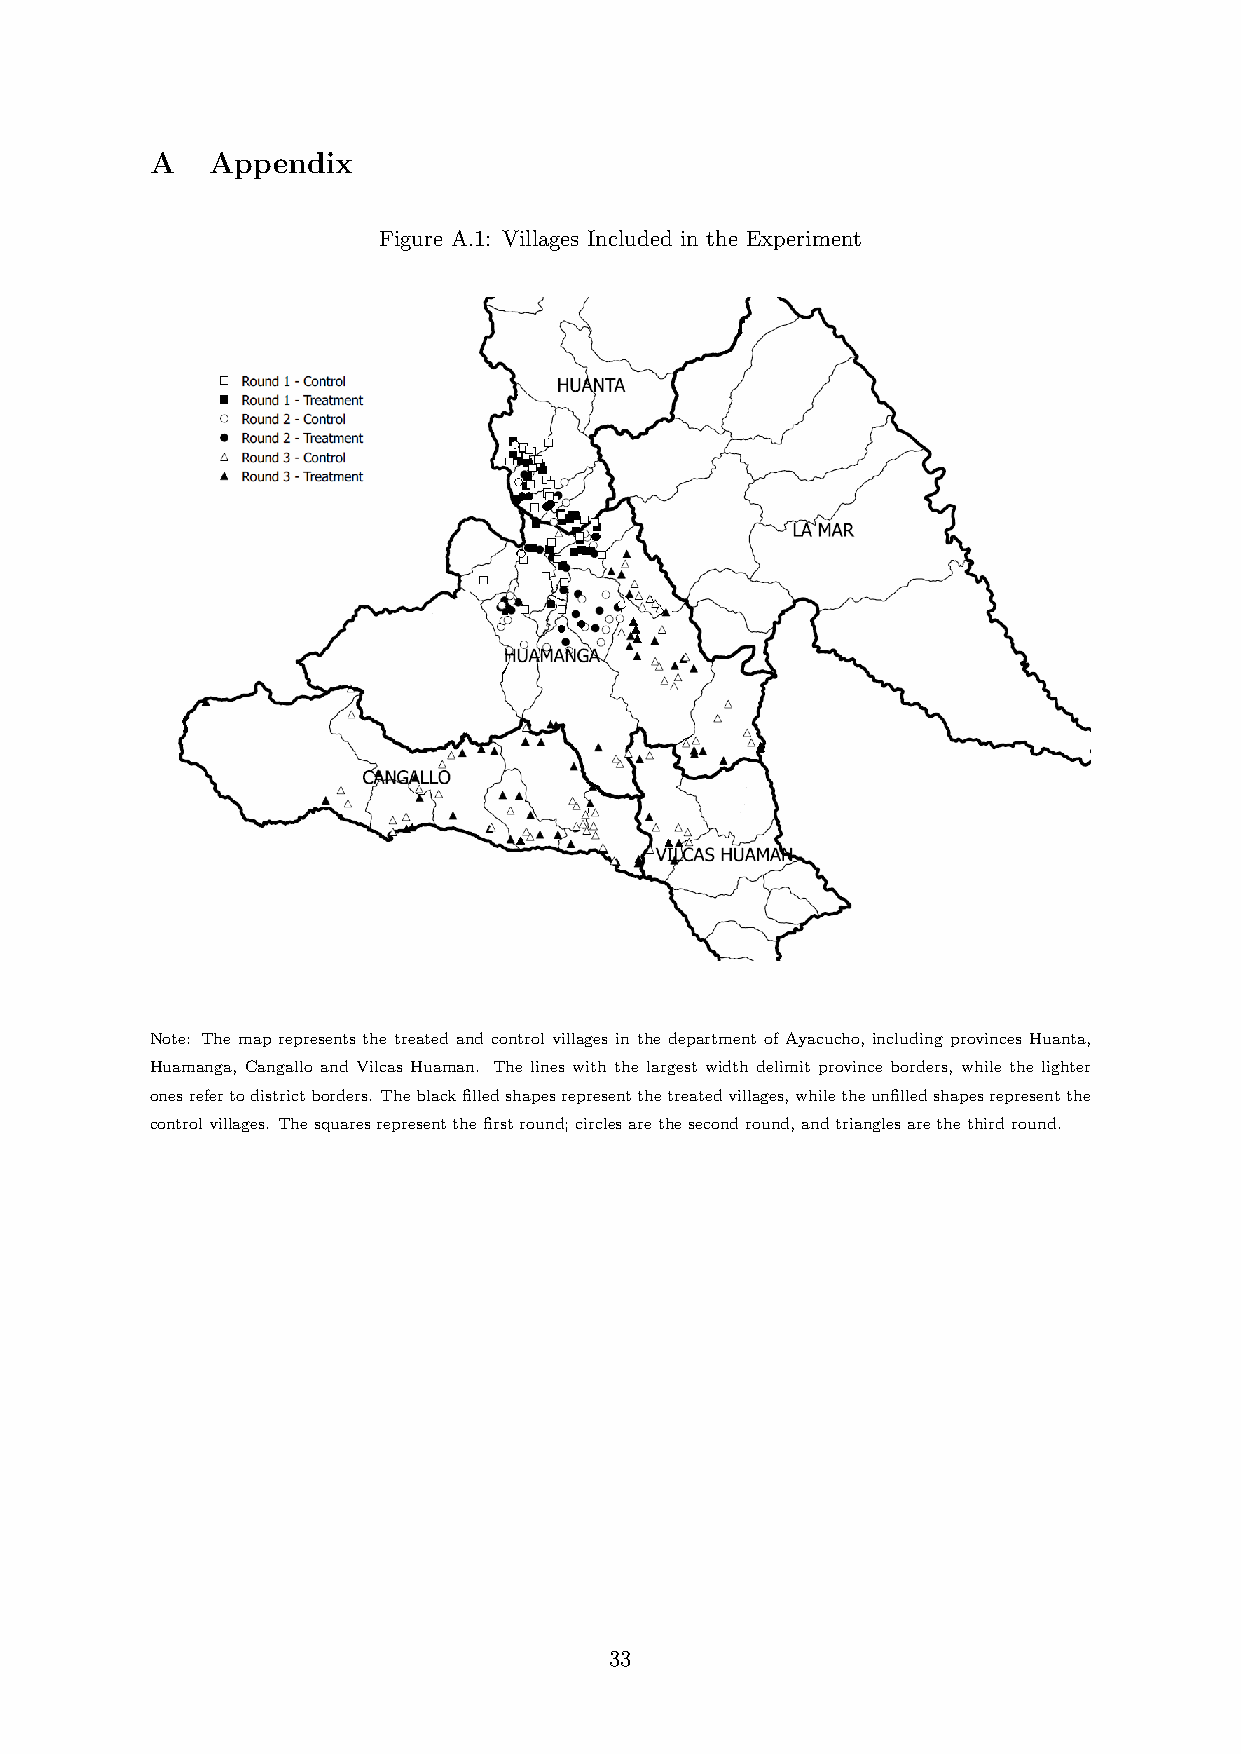
A   Appendix
 Figure A.1: Villages Included in the Experiment
 Note: The map represents the treated and control villages in the department of Ayacucho, including provinces Huanta,
 Huamanga, Cangallo and Vilcas Huaman. The lines with the largest width delimit province borders, while the lighter
 onesrefertodistrictborders. Theblackfilledshapesrepresentthetreatedvillages,whiletheunfilledshapesrepresentthe
 controlvillages. Thesquaresrepresentthefirstround;circlesarethesecondround,andtrianglesarethethirdround.
 33